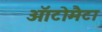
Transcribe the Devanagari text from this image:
ऑटोमैटा